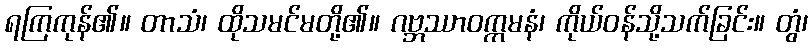
ရကြကုန်၏။ တာသံ၊ ထိုသမင်မတို့၏။ ဂဗ္ဘဿာဝက္ကမနံ၊ ကိုယ်ဝန်သို့သက်ခြင်း။ တွံ၊